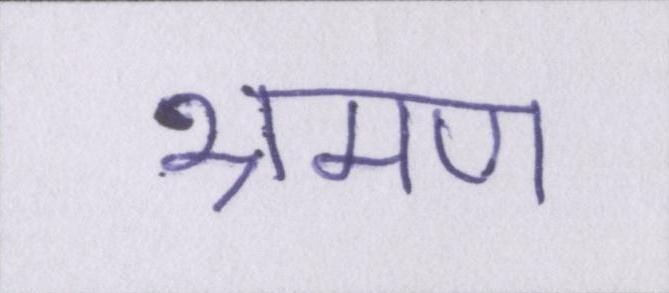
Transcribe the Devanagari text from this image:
भ्रमण